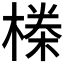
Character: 𬄆